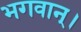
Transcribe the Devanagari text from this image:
भगवान्‌।